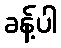
ခန့်ပါ